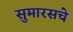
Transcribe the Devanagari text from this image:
सुमारसचे